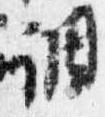
調